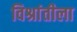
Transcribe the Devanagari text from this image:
विश्रांतीला